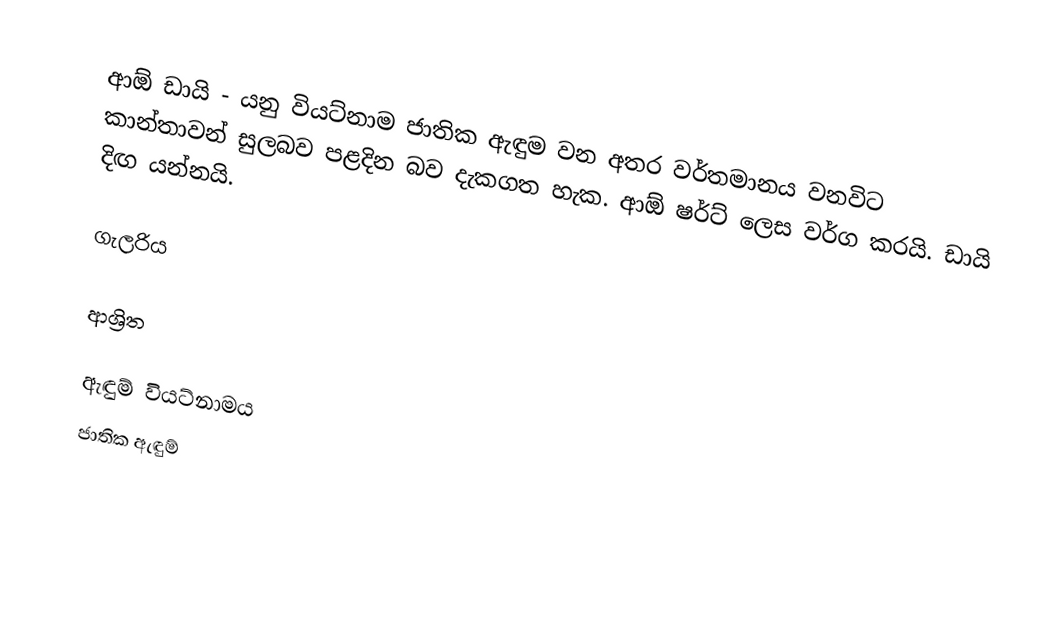
ආඕ ඩායි - යනු වියට්නාම ජාතික ඇඳුම වන අතර වර්තමානය වනවිට කාන්තාවන් සුලබව පළදින බව දැකගත හැක. ආඕ ෂර්ට් ලෙස වර්ග කරයි. ඩායි දිඟ යන්නයි.

ගැලරිය

ආශ්‍රිත

ඇඳුම් වියට්නාමය
ජාතික ඇඳුම්